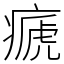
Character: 㾷